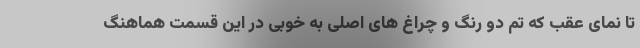
تا نمای عقب که تم دو رنگ و چراغ های اصلی به خوبی در این قسمت هماهنگ